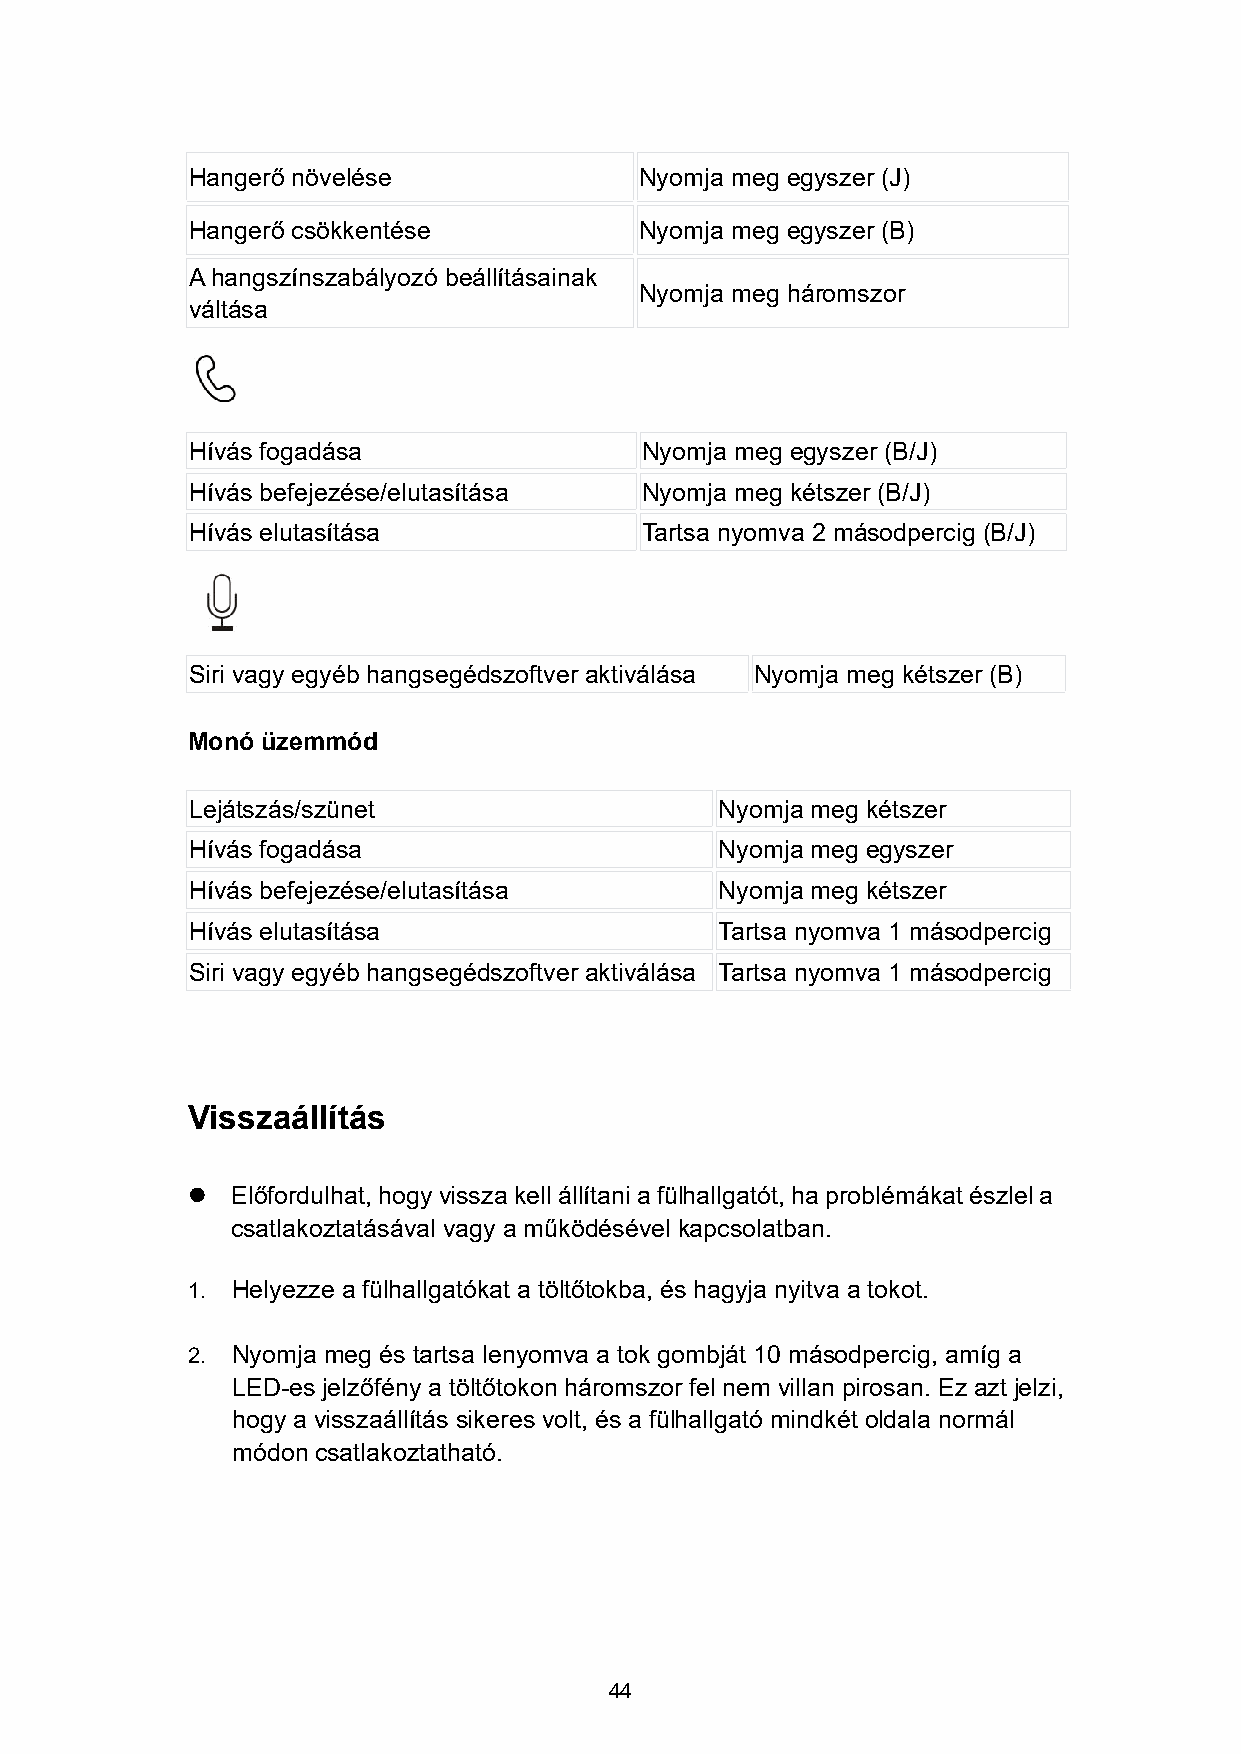
Hangerő növelése              Nyomja meg egyszer (J)
 Hangerő csökkentése           Nyomja meg egyszer (B)
 Ahangszínszabályozó beállításainak
 Nyomja meg háromszor
 váltása
 Hívás fogadása                Nyomja meg egyszer (B/J)
 Hívás befejezése/elutasítása  Nyomja meg kétszer (B/J)
 Hívás elutasítása             Tartsa nyomva 2 másodpercig (B/J)
 Siri vagy egyéb hangsegédszoftver aktiválása Nyomja meg kétszer (B)
 Monó üzemmód
 Lejátszás/szünet                    Nyomja meg kétszer
 Hívás fogadása                      Nyomja meg egyszer
 Hívás befejezése/elutasítása        Nyomja meg kétszer
 Hívás elutasítása                   Tartsa nyomva 1 másodpercig
 Siri vagy egyéb hangsegédszoftver aktiválása Tartsa nyomva 1 másodpercig
 Visszaállítás
   Előfordulhat,hogyvissza kellállítania fülhallgatót,ha problémákatészlela
 csatlakoztatásával vagy a működésével kapcsolatban.
 1. Helyezze a fülhallgatókat a töltőtokba, és hagyja nyitva a tokot.
 2. Nyomja meg és tartsa lenyomva a tok gombját 10 másodpercig, amíg a
 LED-es jelzőfény a töltőtokon háromszor fel nem villan pirosan. Ez azt jelzi,
 hogy a visszaállítás sikeres volt, és a fülhallgató mindkét oldala normál
 módon csatlakoztatható.
 44